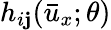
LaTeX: h_{i\mathbf{j}}(\bar{{u}}_{x};\theta)